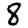
Digit: 8